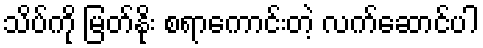
သိပ်ကို မြတ်နိုး စရာကောင်းတဲ့ လက်ဆောင်ပါ